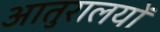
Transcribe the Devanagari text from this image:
आतुरालयों